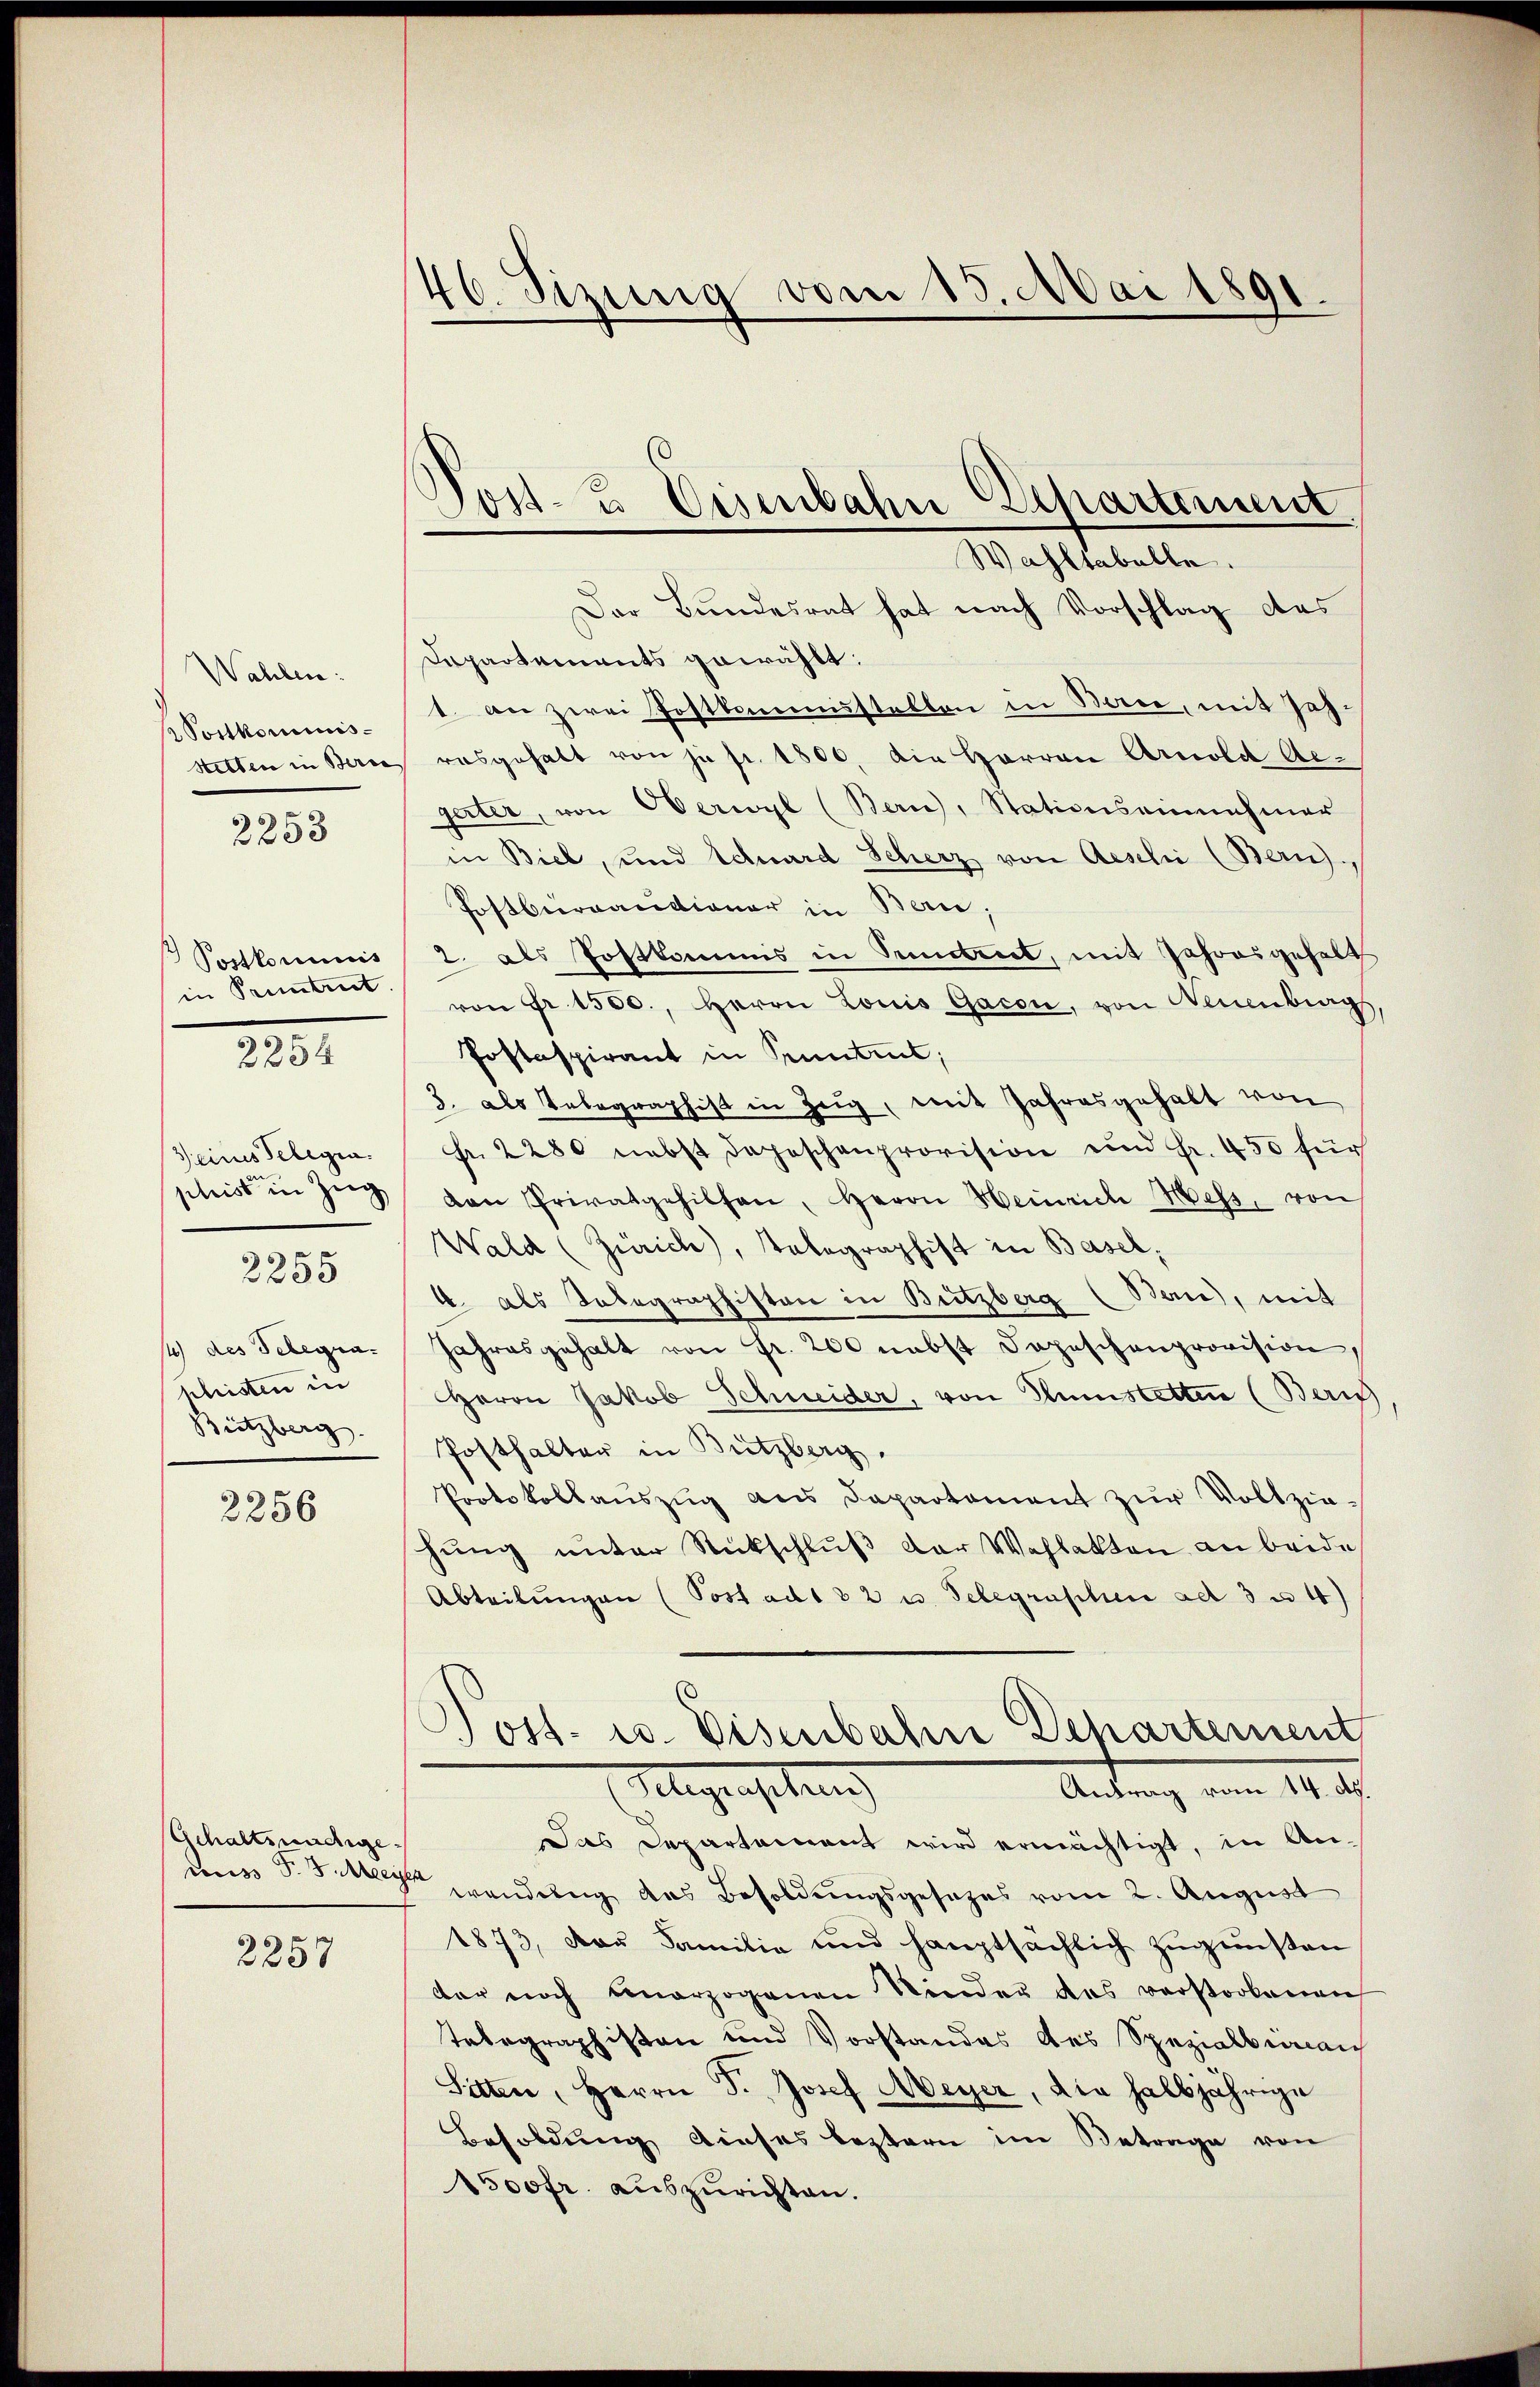
Wahlen:
Postkommis-
Setten in Berne

2253

Postkommnis
in Pruntrut.
2254

Seines Telegia.
phrist in Zug
4) des Telegraphristen in
Bützberg.

3255

2256

Gehaltsnachgecus P. J. ein

2257

46. Sizung vom 15. Mai 1891.

Post- u Eisenbahn Departement
Wahltabelle.

Der Bundesrat hat nach Vorschlag des
Departements gewählt:
1. an zwei Postkommnustellen in Berei, mit Jahrasgehalt von je p. 1800, die Herren Arnold Aegarter, von Oberwyl (Bern, Stationseinnehmer
in Biel, und Eduard Scherz von Aeschi (Bern),
Postbergandiener in Bern,
2. als Postkommis in Sement, mit Jahresgehalt
von Fr. 1500., Herrn Louis Gacen, von Neuenbrags,
Postaspirant in Pruntert;
3. als Telegraphist in Zeig, mit Jahresgehalt von
Fr. 2280 nebst depeschenprovision und Fr. 450 für
dan Privatgehilfen, Herrn Heinrich Mess, von
Wald (Zürich), Telegraphist in Basel,
4 als Telegraphisten in Britzberg (Bern, mit
Jahresgehalt von Fr. 200 nebst Depeschenprovision
Herrn Jakob Schneider, von Gunstetten (Beric
Posthalter in Bützberg.
Protokollaŭszŭg ans Departement zŭr Vollzie-
hŭng ŭnter Rückschlŭβ der Wahlakten an beide
Abteilŭngen (Post ad 32 u. Telegraschen ad 3 u 4)
Jost- u. Eisenbahn Departement
(Flegenstung
Antrag vom 14. d.
Das Departament wird ermächtigt, in Anwendung des Besoldungsgesetzes vom 2. August
1873, das Familie und hauptsächlich zŭgünsten
der noch unerzogenen Kinder des verstorbenen
Telegraphisten und Vorstandes des Spezialbernan
Sitten, Herrn P. Josef Meyer, die halbjährige
Besoldung dieses bestern im Betrage von
1500fr. auszurichten.